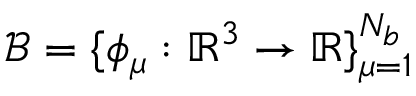
\mathcal { B } = \{ \phi _ { \mu } : \mathbb { R } ^ { 3 } \rightarrow \mathbb { R } \} _ { \mu = 1 } ^ { \ensuremath N _ { b } }